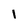
Character: I